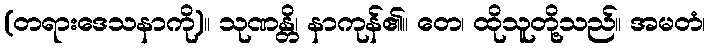
(တရားဒေသနာကို)။ သုဏန္တိ၊ နာကုန်၏။ တေ၊ ထိုသူတို့သည်။ အမတံ၊